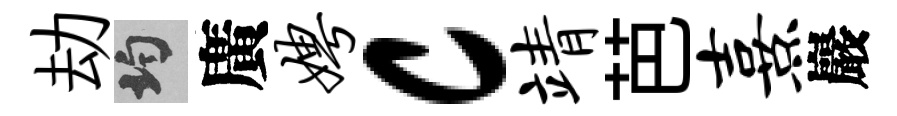
劫均廣娉c靖芭熹巖